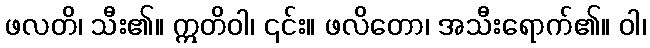
ဖလတိ၊ သီး၏။ ဣတိဝါ၊ ၎င်း။ ဖလိတော၊ အသီးရောက်၏။ ဝါ၊